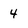
Character: 4